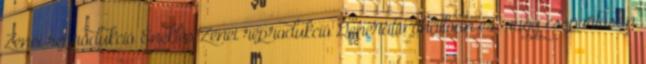
Zenei reprodukció Éneklés Zenei reprodukció Generatív önállóan és vagy csoportosan